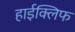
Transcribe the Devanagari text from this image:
हाईक्लिफ